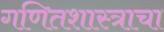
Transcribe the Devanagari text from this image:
गणितशास्त्राचा